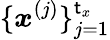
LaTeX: \{ \boldsymbol{x}^{(j)}\} _{j=1}^{\mathsf{t}_{x}}